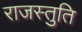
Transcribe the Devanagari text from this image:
राजस्तुति